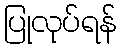
ပြုလုပ်ရန်